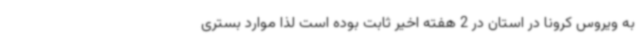
به ویروس کرونا در استان در 2 هفته اخیر ثابت بوده است لذا موارد بستری